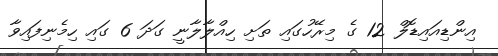
އިންޑިއައިޑޮލް 12 ގެ މިރޭހުގައި ތަށި ހިއްލާލާނީ ގަދަ 6 ގައި ހިމެނިފައިވާ